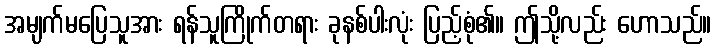
အမျက်မပြေသူအား ရန်သူကြိုက်တရား ခုနစ်ပါးလုံး ပြည့်စုံ၏။ ဤသို့လည်း ဟောသည်။